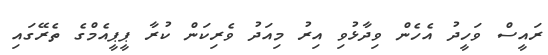
ރައީސް ވަހީދު އެހެން ވިދާޅުވި އިރު މިއަދު ވެރިކަން ކުރާ ޕީޕީއެމްގެ ތެރޭގައި